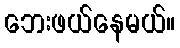
ဘေးဖယ်နေမယ်။